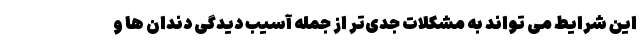
این شرایط می تواند به مشکلات جدی‌تر از جمله آسیب دیدگی دندان ها و